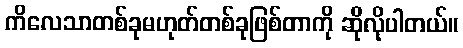
ကိလေသာတစ်ခုမဟုတ်တစ်ခုဖြစ်တာကို ဆိုလိုပါတယ်။